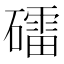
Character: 礌